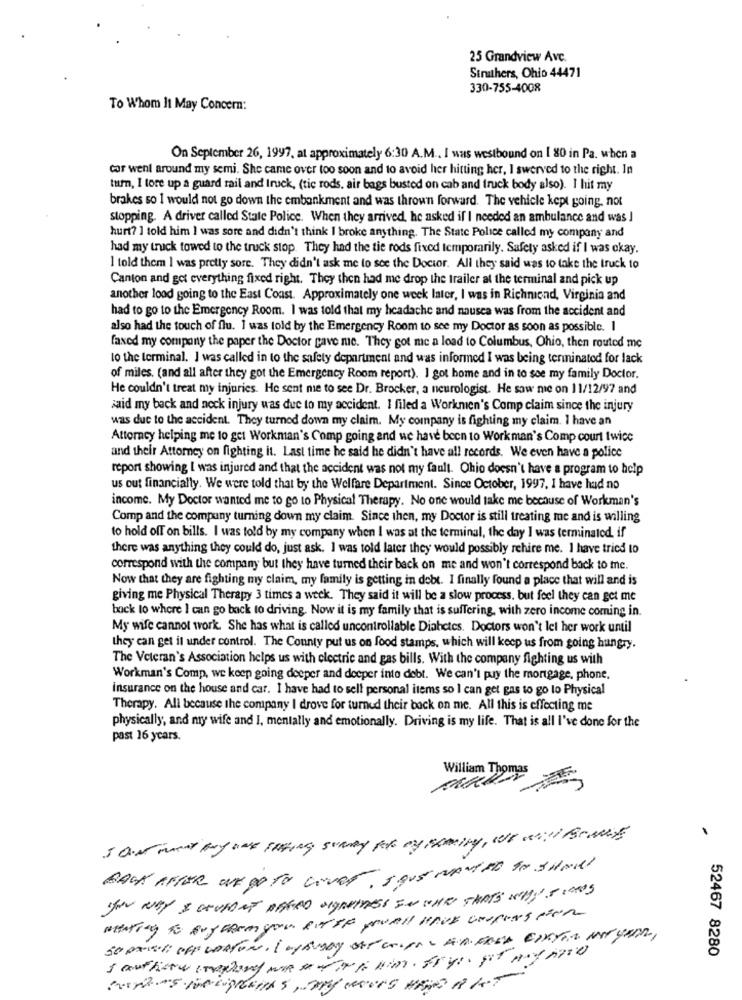
25 Grandview Avc.
Sinithers, Ohio 44471
330-755-4008
To Whom It May Concern:
On September 26, 1997, at approximately 6:30 A.M .. I was westbound on I 80 in Pa. when a
car went around my semi. She came over too soon and to avoid her hitting her, I swerved to the right. In
turn, I tore up a guard rail and truck, (tic rods, air bags busted on cab and truck body also). I hit my
brakes so I would not go down the embankment and was thrown forward. The vehicle kept going, not
stopping. A driver called State Police. When they arrived, he asked if I needed an ambulance and was !
hurt? ] told him I was sore and didn't think I broke anything. The State Police called my company and
had my truck towed to the truck stop. They had the tie rods fixed temporarily. Safety asked if I was okay.
I told them I was pretty sore. They didn't ask me to see the Doctor. All they said was to take the truck to
Canton and got everything fixed right. They then had me drop the trailer at the terminal and pick up
another load going to the East Coast. Approximately one week later, I was in Richmond, Virginia and
had to go to the Emergency Room. I was told that my headache and nausea was from the accident and
also had the touch of flu. I was told by the Emergency Room to see my Doctor as soon as possible. I
faxed my company the paper the Doctor pave me. They got me a load to Columbus, Ohio, then routed me
to the terminal. I was called in to the safety department and was informed I was being terminated for lack
of miles. (and all after they got the Emergency Room report). I got home and in to see my family Doctor.
He couldn't treat my injuries. He sent me to see Dr. Brocker, a neurologist. He saw me on 11/12/97 and
said my back and neck injury was due to my accident. I filed a Workmen's Comp claim since the injury
was due to the accident. They turned down my claim. My company is fighting my claim. I have an
Attorney helping me to get Workman's Comp going and we have been to Workman's Comp court twice
and their Attorney on fighting it. Last time he said he didn't have all records. We even have a police
report showing I was injured and that the accident was not my fault. Ohio doesn't have a program to help
us out financially. We were told that by the Welfare Department. Since October, 1997, I have had no
income. My Doctor wanted me to go to Physical Therapy. No one would take me because of Workman's
Comp and the company turning down my claim. Since then, my Doctor is still treating me and is willing
to hold off on bills. I was told by my company when I was at the terminal, the day I was terminated, if
there was anything they could do, just ask. I was told later they would possibly rehire me. I have tried to
correspond with the company but they have turned their back on me and won't correspond back to me.
Now that they are fighting my claim, my family is getting in debt. I finally found a place that will and is
giving me Physical Therapy 3 times a week. They said it will be a slow process. but feel they can get me
back to where I can go back to driving. Now it is my family that is suffering, with zero income coming in.
My wife cannot work. She has what is called uncontrollable Diabetes. Doctors won't let her work until
they can get it under control. The County put us on food stamps, which will keep us from going hungry.
The Veteran's Association helps us with electric and gas bills. With the company fighting us with
Workman's Comp, we keep going deeper and deeper into debt. We can't puy the mortgage, phone.
insurance on the house and car. I have had to sell personal items so I can get gas to go lo Physical
Therapy. All because the company I drove for turned their back on me. All this is effecting me
physically, and my wife and I, mentally and emotionally. Driving is my life. That is all I've done for the
past 16 years.
William Thomas
BACK AFTER WE go TO COURT. I QUE WANTED to SHOW!
52467 8280